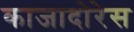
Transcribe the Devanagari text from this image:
काजादोरेस